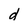
Character: d